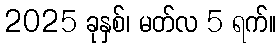
2025 ခုနှစ်၊ မတ်လ 5 ရက်။